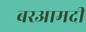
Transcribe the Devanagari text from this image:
बरआमदी